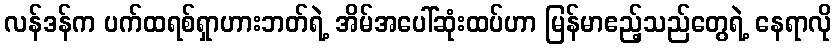
လန်ဒန်က ပက်ထရစ်ရှာဟားဘတ်ရဲ့ အိမ်အပေါ်ဆုံးထပ်ဟာ မြန်မာဧည့်သည်တွေရဲ့ နေရာလို